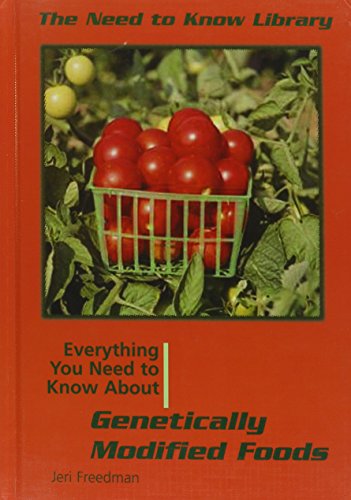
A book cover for Genetically Modified Foods (Need to Know Library); Jeri Freedman; Health, Fitness & Dieting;